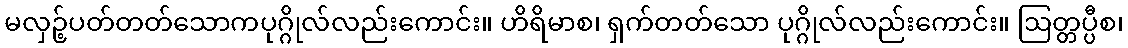
မလှဉ့်ပတ်တတ်သောကပုဂ္ဂိုလ်လည်းကောင်း။ ဟိရိမာစ၊ ရှက်တတ်သော ပုဂ္ဂိုလ်လည်းကောင်း။ ဩတ္တပ္ပီစ၊